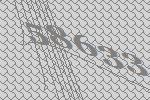
58633